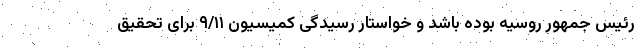
رئیس جمهور روسیه بوده باشد و خواستار رسیدگی کمیسیون ۹/۱۱ برای تحقیق